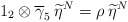
\begin{align*}1_{2}\otimes \overline{\gamma }_{5}\: \widetilde{\eta }^{N}=\rho \: \widetilde{\eta }^{N}\end{align*}